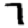
Digit: 7